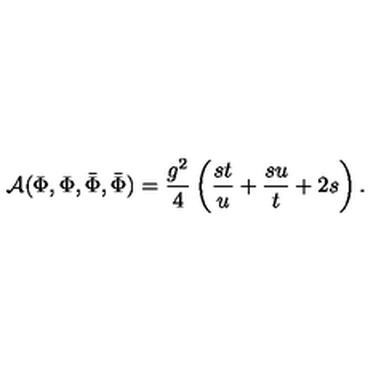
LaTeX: { \cal A } ( \Phi , \Phi , { \bar { \Phi } } , { \bar { \Phi } } ) = { \frac { g ^ { 2 } } { 4 } } \left( { \frac { s t } { u } } + { \frac { s u } { t } } + 2 s \right) .